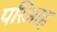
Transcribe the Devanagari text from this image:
परिआह